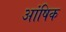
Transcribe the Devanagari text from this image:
आंषिक